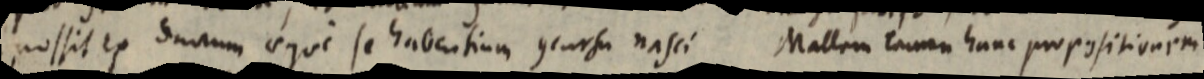
possit ex ductum aeque se habentium concursu nasci Mallum tamen hanc propositionem